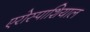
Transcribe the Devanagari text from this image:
एरोस्पाशियाल